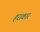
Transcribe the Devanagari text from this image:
हराकार